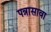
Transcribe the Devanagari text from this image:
पन्नासावा